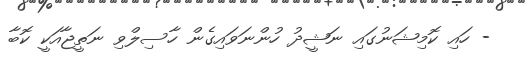
- ހައި ކޮމިޝަނުގައި ނަޝީދު ހުންނަވައިގެން ހާސިލްވި ނަތީޖާއަކީ ކޮބާ